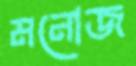
মনোজ